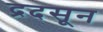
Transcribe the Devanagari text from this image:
द्रदसून